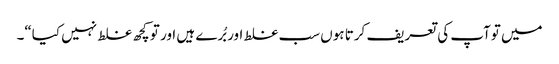
میں توآپ کی تعریف کرتا ہوں سب غلط اور بُرے ہیں اور تو کچھ غلط نہیں کیا“۔